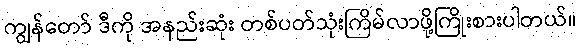
ကျွန်တော် ဒီကို အနည်းဆုံး တစ်ပတ်သုံးကြိမ်လာဖို့ကြိုးစားပါတယ်။